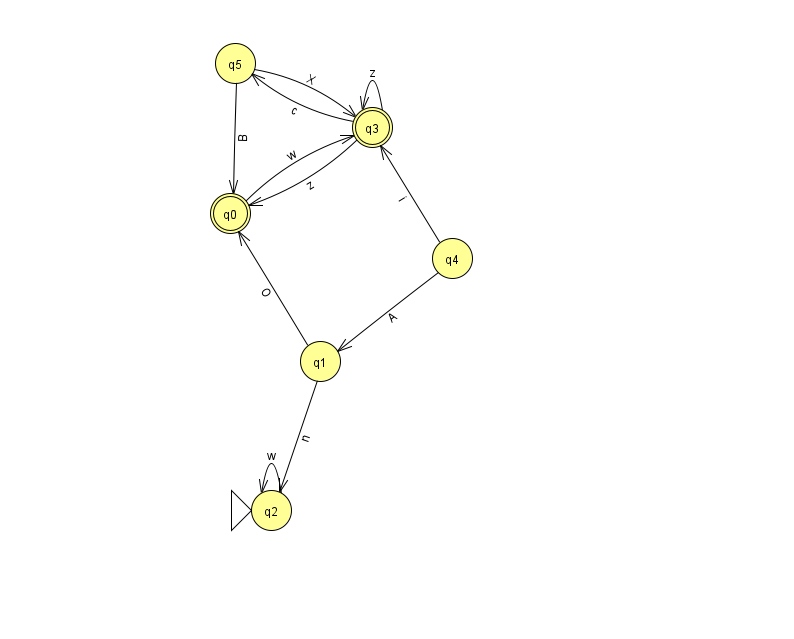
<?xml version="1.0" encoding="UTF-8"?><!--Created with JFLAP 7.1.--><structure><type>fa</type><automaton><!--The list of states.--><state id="0" name="q0"><x>230.0</x><y>200.0</y><final/></state><state id="1" name="q1"><x>320.0</x><y>348.0</y></state><state id="2" name="q2"><x>271.0</x><y>497.0</y><initial/></state><state id="3" name="q3"><x>372.0</x><y>114.0</y><final/></state><state id="4" name="q4"><x>452.0</x><y>245.0</y></state><state id="5" name="q5"><x>235.0</x><y>50.0</y></state><!--The list of transitions.--><transition><from>5</from><to>3</to><read>X</read></transition><transition><from>1</from><to>2</to><read>n</read></transition><transition><from>5</from><to>0</to><read>B</read></transition><transition><from>3</from><to>0</to><read>z</read></transition><transition><from>2</from><to>2</to><read>w</read></transition><transition><from>0</from><to>3</to><read>w</read></transition><transition><from>1</from><to>0</to><read>O</read></transition><transition><from>3</from><to>3</to><read>z</read></transition><transition><from>3</from><to>5</to><read>c</read></transition><transition><from>4</from><to>1</to><read>A</read></transition><transition><from>4</from><to>3</to><read>i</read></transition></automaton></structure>